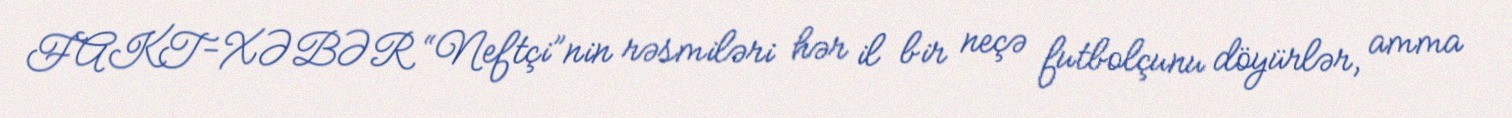
FAKT-XƏBƏR “Neftçi”nin rəsmiləri hər il bir neçə futbolçunu döyürlər, amma